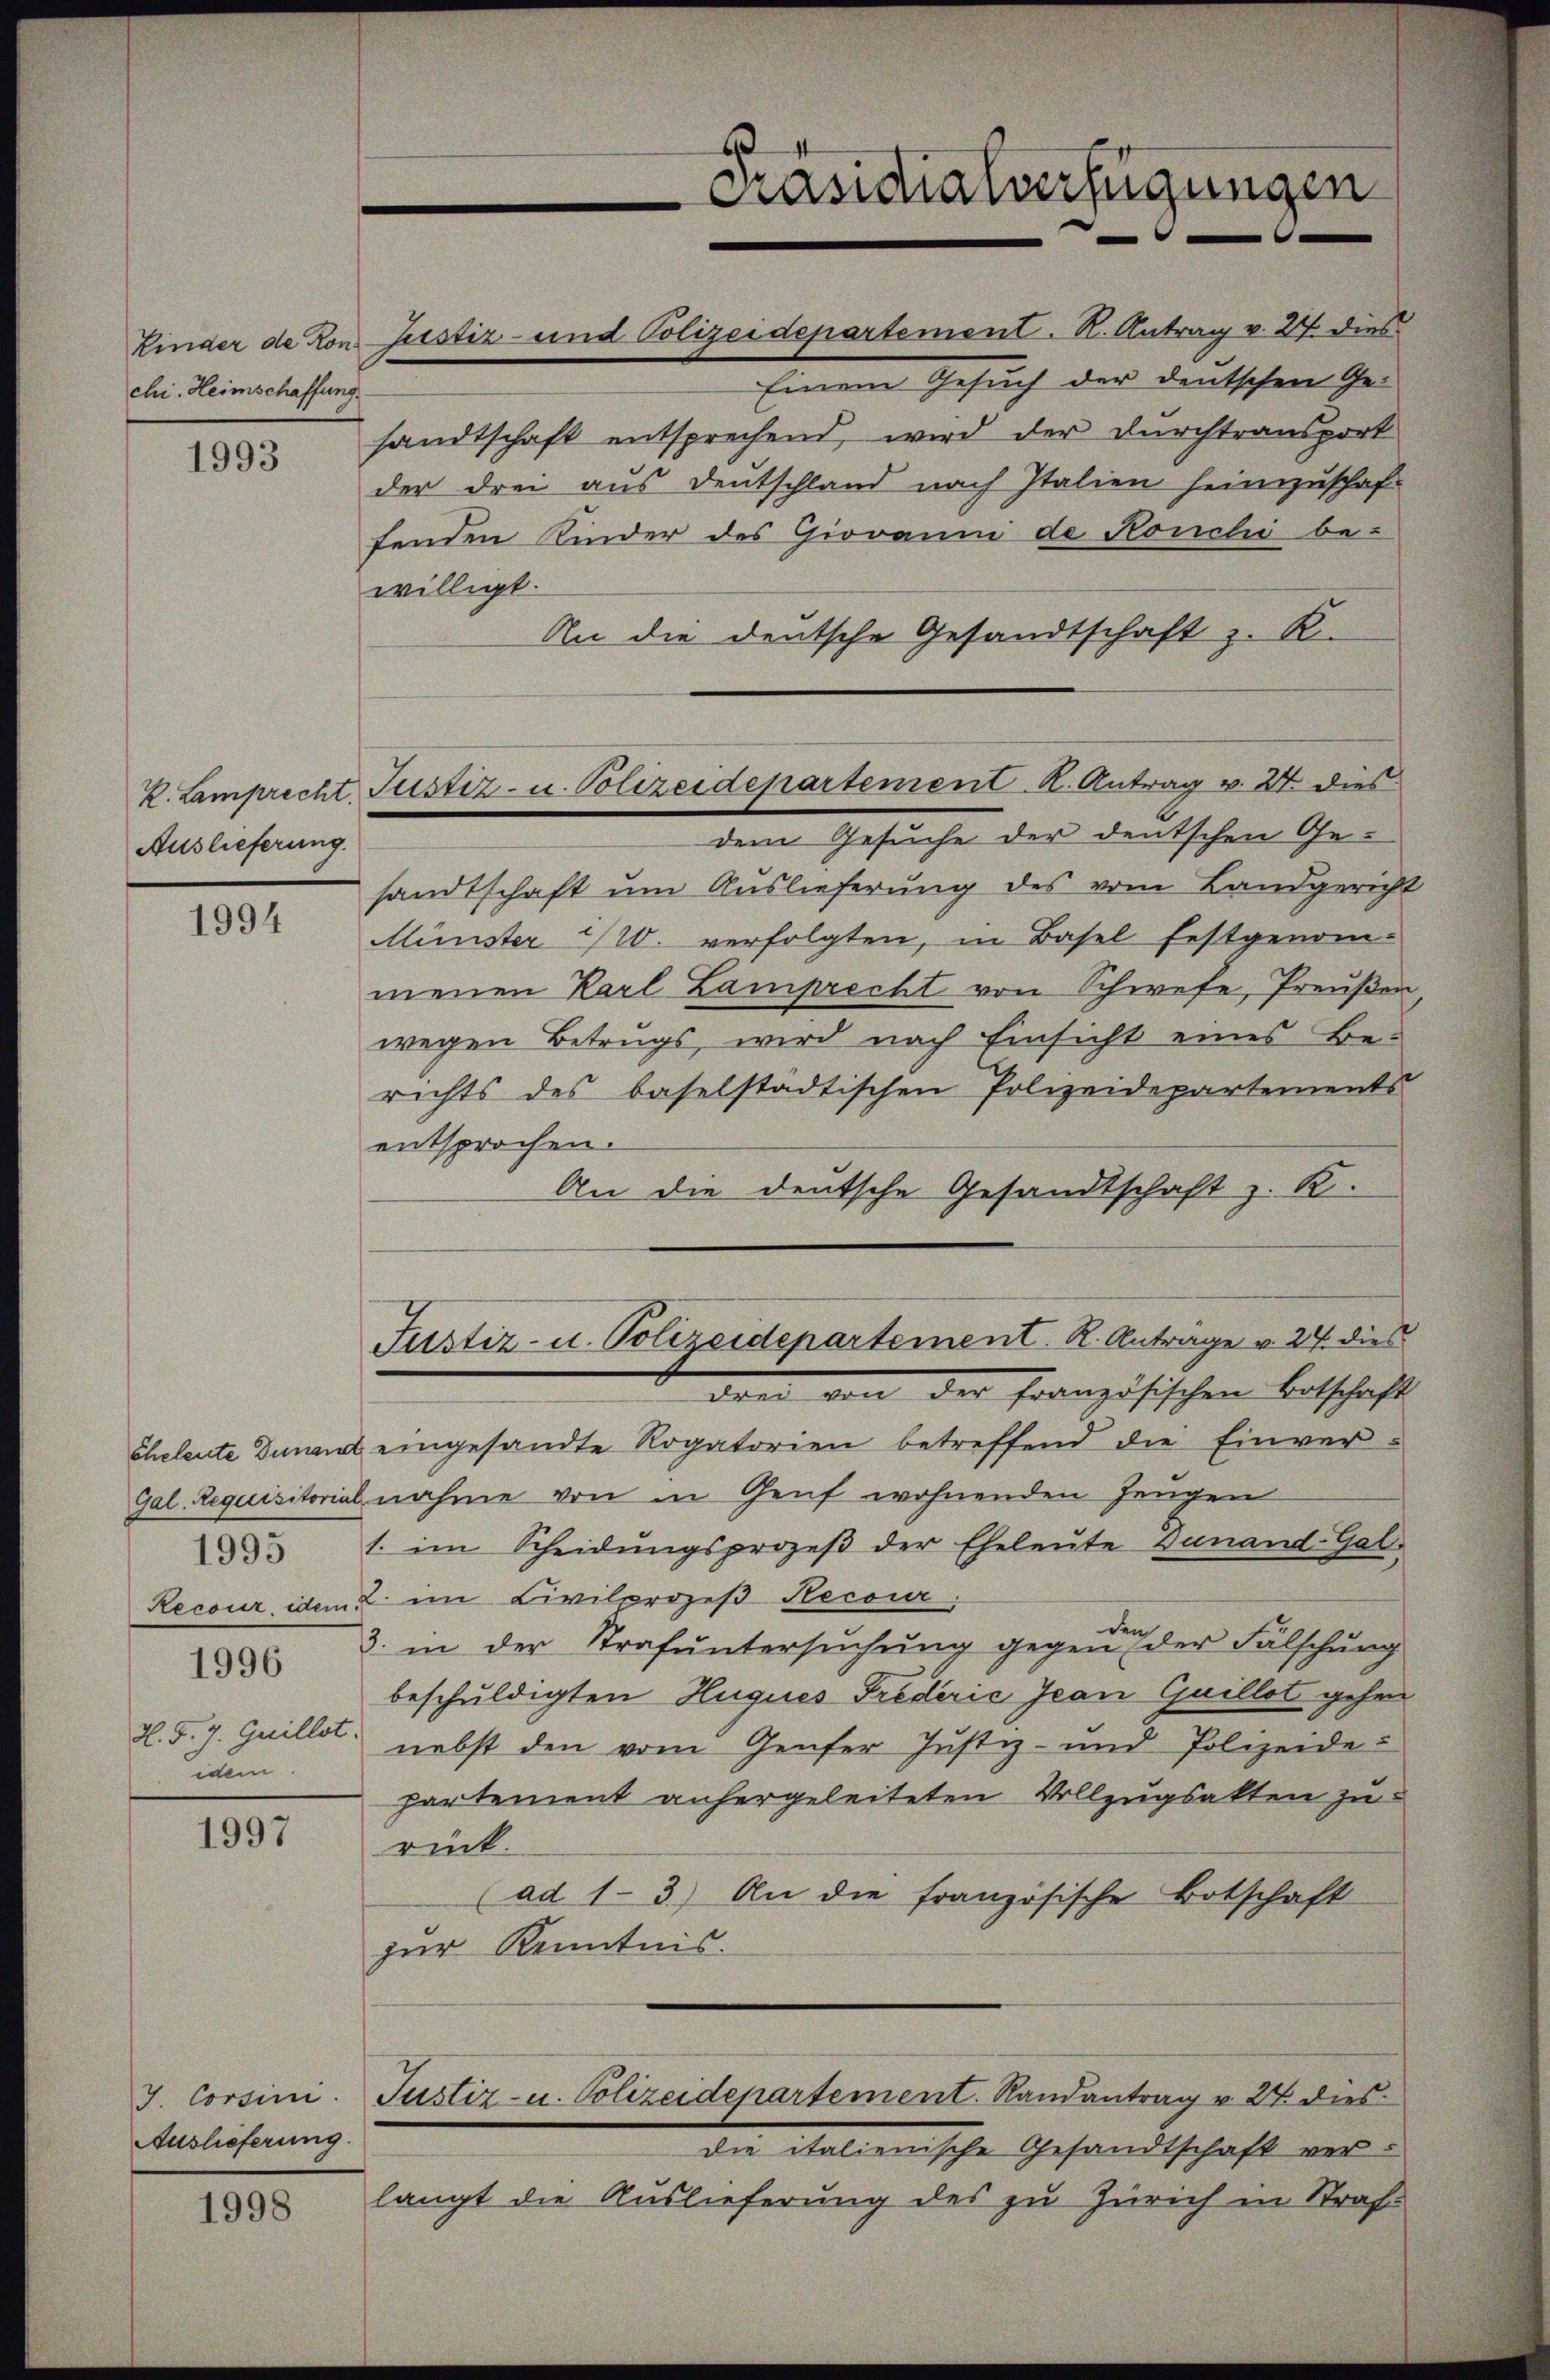
Kinder de Kon
chi. Heimschaffung

1993

Auslieferung.

1994

H. F. J. Guillet.
idem

1997

J. Corsini.
Auslieferung.

1998

Einem Gesuch der deutschen Gesandtschaft entsprechend, wird der Durchtransport
der drei aus Deutschland nach Italien heimzuschaf-
fenden Kinder des Giovanni de Konchi be-
willigt.
An die deutsche Gesandtschaft z. R.
dem Gesuche der deutschen Gesandtschaft um Auslieferung des vom Landgericht
Münster 10. verfolgten, in Basel festgenom-
menen Karl Lamprecht von Schwefe, Preußer
wegen Betrugs, wird nach Einsicht eines Be-
richts des baselstädtischen Polizeidepartements
entsprochen.
An die deutsche Gesandtschaft z. R.
Justiz- u. Polizeidepartement. R. Anträge v. 24. dies
dret von der Französischen Botschaft
cheleute Dunand eingesandte Rogatorien betreffend die Einver¬
Gal Requisitorial nahme von in Genf wohnenden Zeugen
3 1. im Scheidŭngsprozeβ der Eheleute Finand Gal-
Recour, idem im Civilprozeß Hecour
de
333 3. in der Strafŭntersŭchŭng gegen der Fälschŭng
beschuldigten Hugues Frederić Jean Guillot gehen
nebst den vom Genfer Justiz- und Polizeide-
partement anhergeleiteten Vollzugsakten zu
rück.
(ad 1-3.) An die französische Botschaft
zur Kenntnis.
Justiz- u. Polizeidepartement. Randantrag v. 24. dies
die italienische Gesandtschaft verlangt die Auslieferung des zu Zürich in Straf¬

Justiz- und Polizeidepartement. K. Antrag v. 27. dies

K. Lamprecht Justiz- u. Polizeidepartement K. Antrag v. 27 dies

Kasidialverfügungen